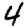
Digit: 4